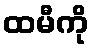
ထမီကို